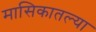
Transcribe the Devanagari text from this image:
मासिकातल्या